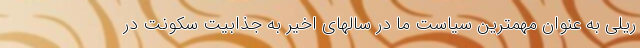
ریلی به عنوان مهمترین سیاست ما در سالهای اخیر به جذابیت سکونت در